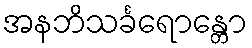
အနဘိသင်္ခရောန္တော